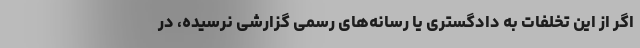
اگر از این تخلفات به دادگستری یا رسانه‌های رسمی گزارشی نرسیده، در